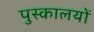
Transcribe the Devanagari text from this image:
पुस्कालयों